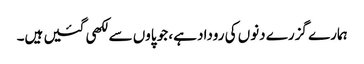
ہمارے گزرے دنوں کی روداد ہے، جو پاوں سے لکھی گئیں ہیں۔